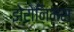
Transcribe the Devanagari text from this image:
झेरोनिमस